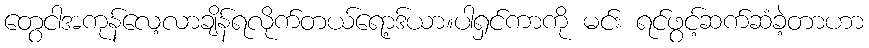
တွေငါအကုန်လေ့လာချိန်ရလိုက်တယ်ရော့ဒ်ယာ။ပါရှင်ကာကို မင်း ရင်ဖွင့်ဆက်ဆံခဲ့တာဟာ